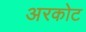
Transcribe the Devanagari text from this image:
अरकोट